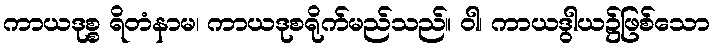
ကာယဒုစ္စ ရိတံနာမ၊ ကာယဒုစရိုက်မည်သည်။ ဝါ၊ ကာယဒွါယ၌ဖြစ်သော